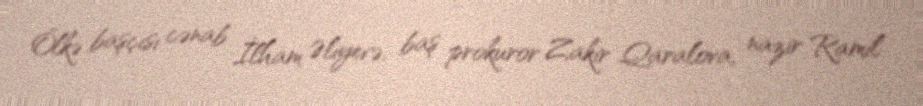
Ölkə başçısı cənab İlham Əliyevə, baş prokuror Zakir Qaralova, nazir Ramil